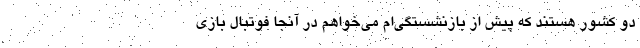
دو کشور هستند که پیش از بازنشستگی‌ام می‌خواهم در آنجا فوتبال بازی